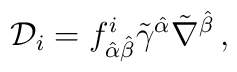
{\cal D}_{i}=f^{i}_{\hat\alpha\hat\beta}\tilde\gamma^{\hat\alpha}\tilde\nabla^{\hat\beta}\,,